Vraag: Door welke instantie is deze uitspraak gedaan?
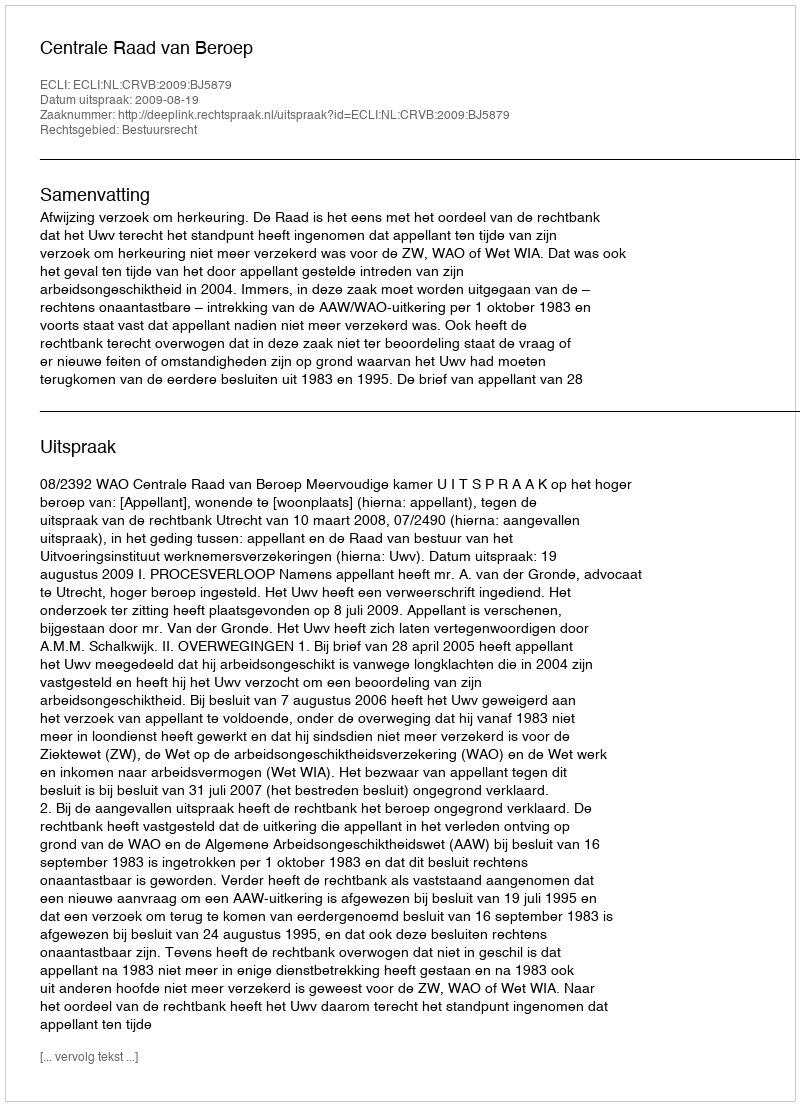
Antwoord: Centrale Raad van Beroep